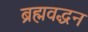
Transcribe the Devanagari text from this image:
ब्रह्मवद्धन